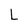
Character: L